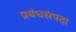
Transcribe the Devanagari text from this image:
प्रबंधसंपदा